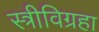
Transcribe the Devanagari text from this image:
स्त्रीविग्रहा